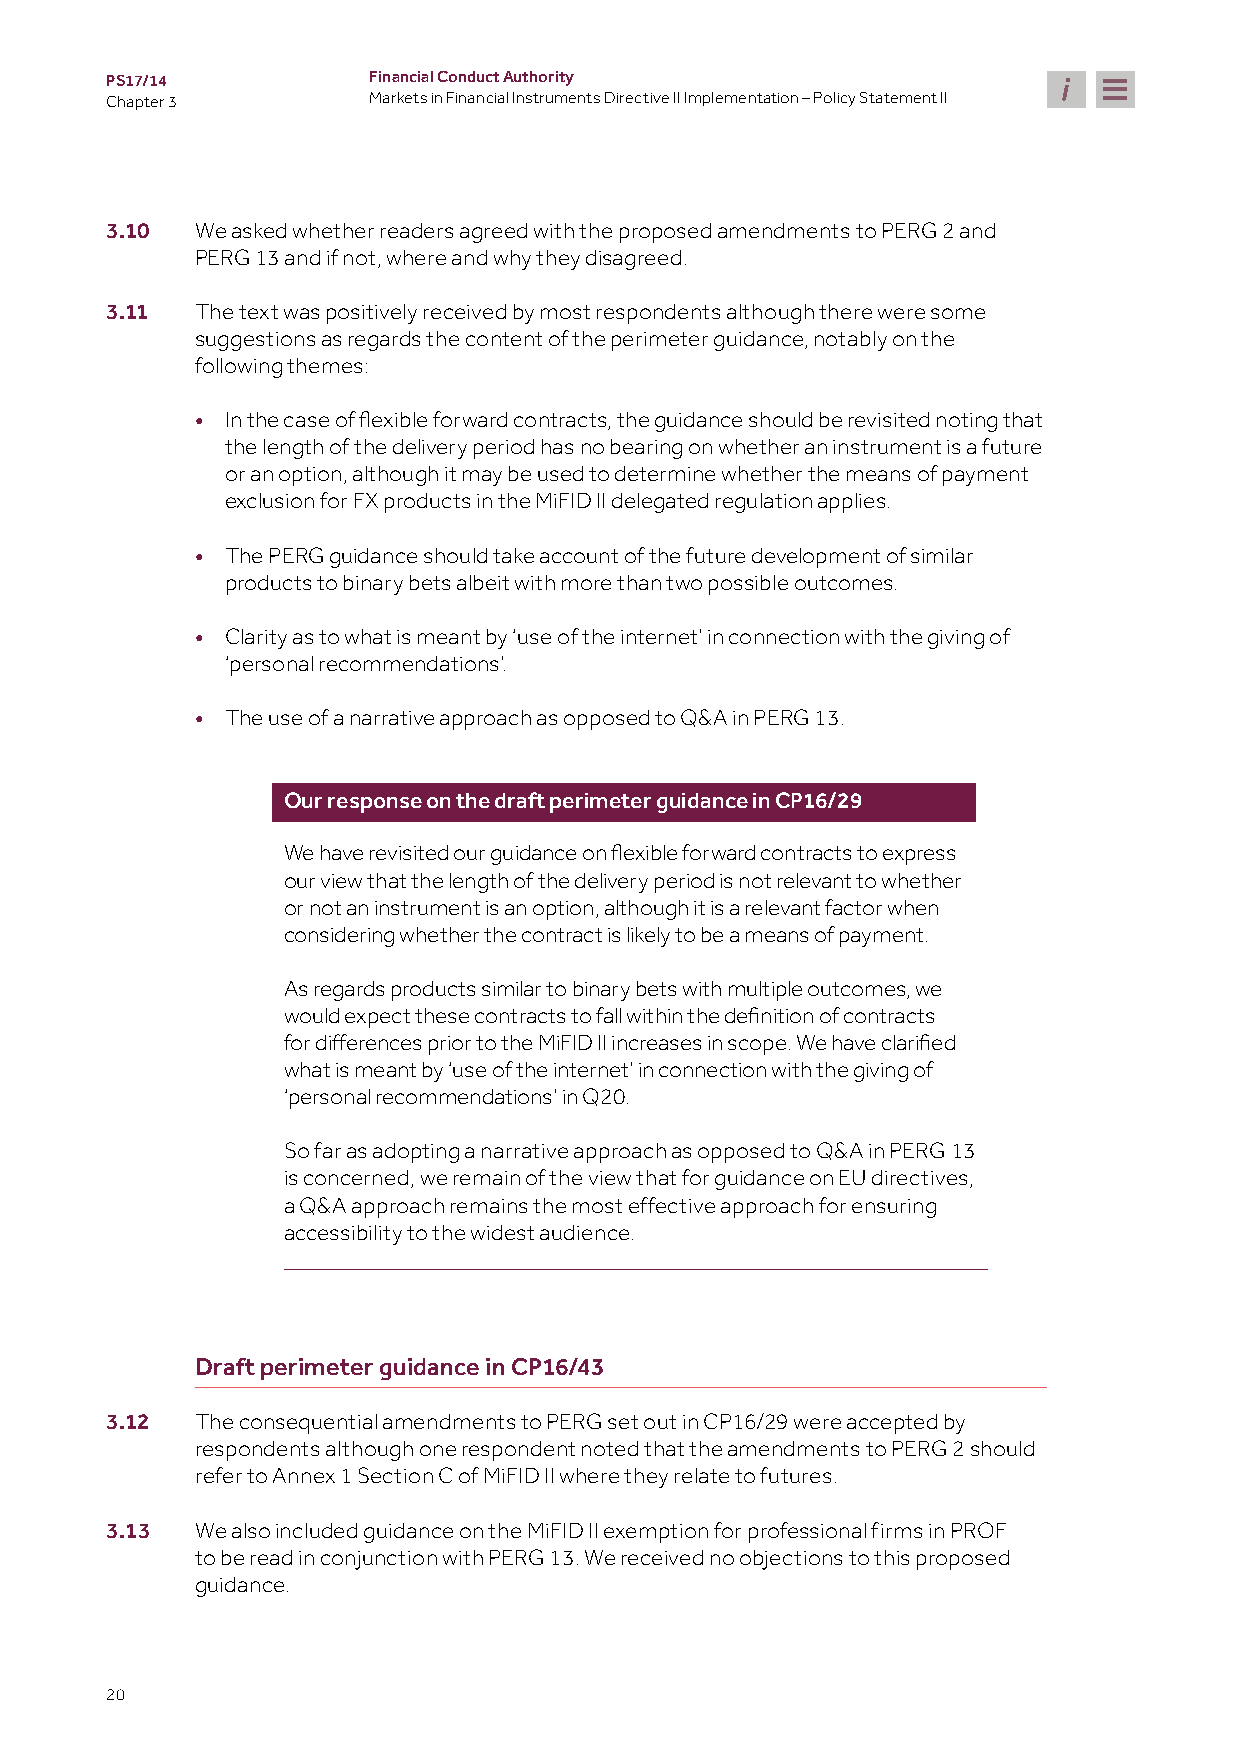
PS17/14          Financial Conduct Authority
 Chapter 3        Markets in Financial Instruments Directive II Implementation – Policy Statement II
 3.10  We asked whether readers agreed with the proposed amendments to PERG 2 and
 PERG 13 and if not, where and why they disagreed.
 3.11  The text was positively received by most respondents although there were some
 suggestions as regards the content of the perimeter guidance, notably on the
 following themes:
 •
 In the case of flexible forward contracts, the guidance should be revisited noting that
 the length of the delivery period has no bearing on whether an instrument is a future
 or an option, although it may be used to determine whether the means of payment
 exclusion for FX products in the MiFID II delegated regulation applies.
 • The PERG guidance should take account of the future development of similar
 products to binary bets albeit with more than two possible outcomes.
 • Clarity as to what is meant by ‘use of the internet’ in connection with the giving of
 ‘personal recommendations’.
 • The use of a narrative approach as opposed to Q&A in PERG 13.
 Our response on the draft perimeter guidance in CP16/29
 We have revisited our guidance on flexible forward contracts to express
 our view that the length of the delivery period is not relevant to whether
 or not an instrument is an option, although it is a relevant factor when
 considering whether the contract is likely to be a means of payment.
 As regards products similar to binary bets with multiple outcomes, we
 would expect these contracts to fall within the definition of contracts
 for differences prior to the MiFID II increases in scope. We have clarified
 what is meant by ‘use of the internet’ in connection with the giving of
 ‘personal recommendations’ in Q20.
 So far as adopting a narrative approach as opposed to Q&A in PERG 13
 is concerned, we remain of the view that for guidance on EU directives,
 a Q&A approach remains the most effective approach for ensuring
 accessibility to the widest audience.
 Draft perimeter guidance in CP16/43
 3.12  The consequential amendments to PERG set out in CP16/29 were accepted by
 respondents although one respondent noted that the amendments to PERG 2 should
 refer to Annex 1 Section C of MiFID II where they relate to futures.
 3.13  We also included guidance on the MiFID II exemption for professional firms in PROF
 to be read in conjunction with PERG 13. We received no objections to this proposed
 guidance.
 20